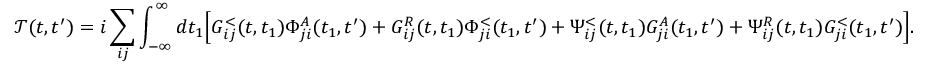
\mathcal { T } ( t , t ^ { \prime } ) = i \sum _ { i j } \int _ { - \infty } ^ { \infty } d t _ { 1 } \Big [ G _ { i j } ^ { < } ( t , t _ { 1 } ) \Phi _ { j i } ^ { A } ( t _ { 1 } , t ^ { \prime } ) + G _ { i j } ^ { R } ( t , t _ { 1 } ) \Phi _ { j i } ^ { < } ( t _ { 1 } , t ^ { \prime } ) + \Psi _ { i j } ^ { < } ( t , t _ { 1 } ) G _ { j i } ^ { A } ( t _ { 1 } , t ^ { \prime } ) + \Psi _ { i j } ^ { R } ( t , t _ { 1 } ) G _ { j i } ^ { < } ( t _ { 1 } , t ^ { \prime } ) \Big ] .